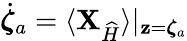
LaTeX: \dot{{\boldsymbol{\zeta}}}_{a}=\langle{\mathbf{X}}_{\widehat{H}}\rangle|_{{\mathbf{z}}={\boldsymbol{\zeta}}_{a}}